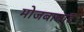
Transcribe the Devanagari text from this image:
मोजबाबाद